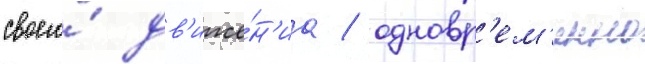
своего́ дв'иже́н'иа / одновр'ем'енно